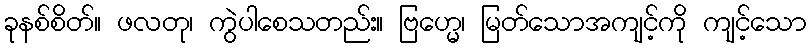
ခုနစ်စိတ်။ ဖလတု၊ ကွဲပါစေသတည်း။ ဗြဟ္မေ၊ မြတ်သောအကျင့်ကို ကျင့်သော